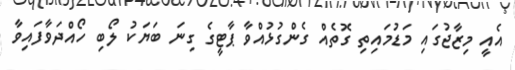
އެއީ މިޒާޖުގައި މަޑުމައިތި ގޮތެއް ގެންގުޅުއްވާ ޕާޓީގެ ގިނަ ބަޔަކު ލޯބި ހޯއްދަވާފައިވާ